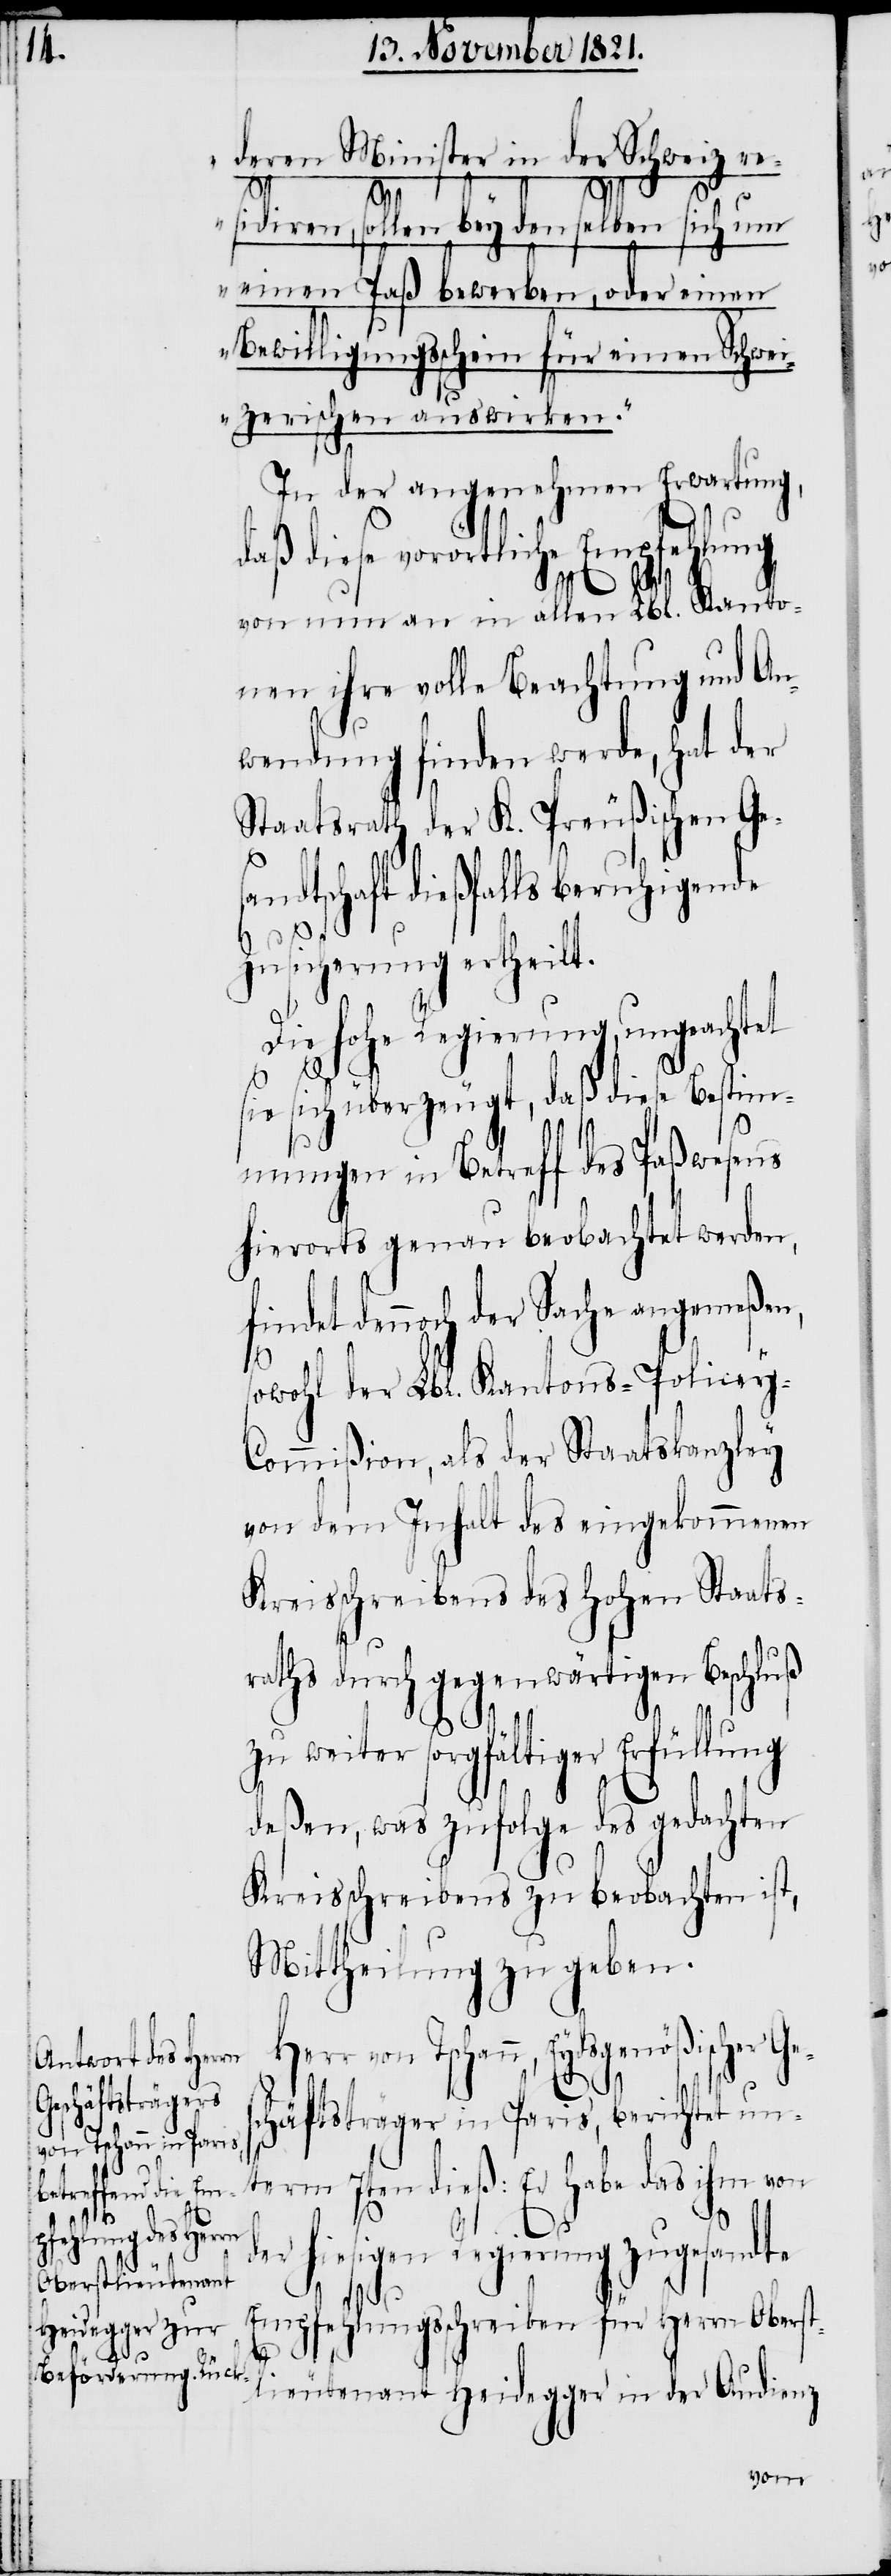
d¬
es¬
von Tschann, Eydsgenößischer G¬
chäftsträger in Paris, berichtet un¬
term 7ten dieß: Er habe das ihm von
er hiesigen Regierung zugesandte
Empfehlungsschreiben für Herrn Oberst¬
lieutenant Heidegger in der Audienz